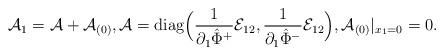
LaTeX: \begin{align*}\mathcal{A}_1=\mathcal{A}+\mathcal{A}_{(0)},\mathcal{A}=\mathrm{diag}\Big(\frac{1}{\partial_1\hat{\Phi}^+}\mathcal{E}_{12},\frac{1}{\partial_1\hat{\Phi}^-}\mathcal{E}_{12}\Big),\mathcal{A}_{(0)}|_{x_1=0}=0.\end{align*}